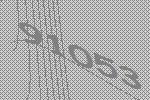
91053